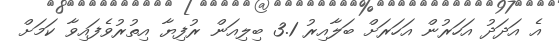
އެ އަދަދު އަހަރުން އަހަރަށް ބަލާއިރު 3.1 ބިލިއަން ރުފިޔާ އިތުރުވެފައިވާ ކަމަށް